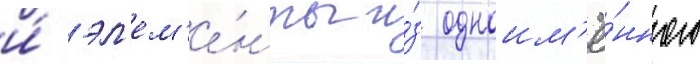
и́ эл'ем'е́нты и́з одноим'ё́нного